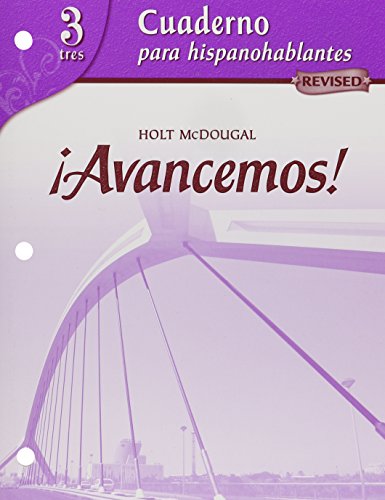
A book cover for ?Avancemos!: Cuaderno para hispanohablantes (Student Workbook) with Review Bookmarks Level 3 (Spanish Edition); MCDOUGAL LITTEL; Teen & Young Adult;